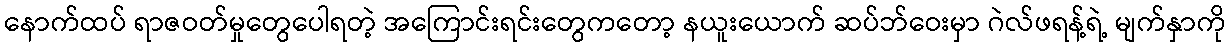
နောက်ထပ် ရာဇဝတ်မှုတွေပေါရတဲ့ အကြောင်းရင်းတွေကတော့ နယူးယောက် ဆပ်ဘ်ဝေးမှာ ဂဲလ်ဖရန့်ရဲ့ မျက်နှာကို